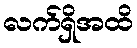
လက်ရှိအထိ